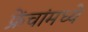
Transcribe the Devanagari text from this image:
फ्रेंचांमध्ये